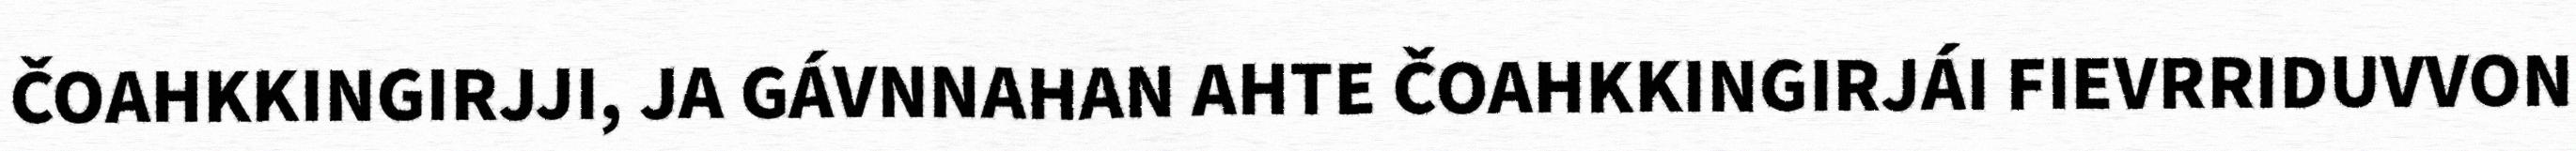
ČOAHKKINGIRJJI, JA GÁVNNAHAN AHTE ČOAHKKINGIRJÁI FIEVRRIDUVVON